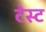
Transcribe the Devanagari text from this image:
टेस्‍ट